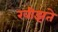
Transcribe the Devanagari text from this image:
खीझते